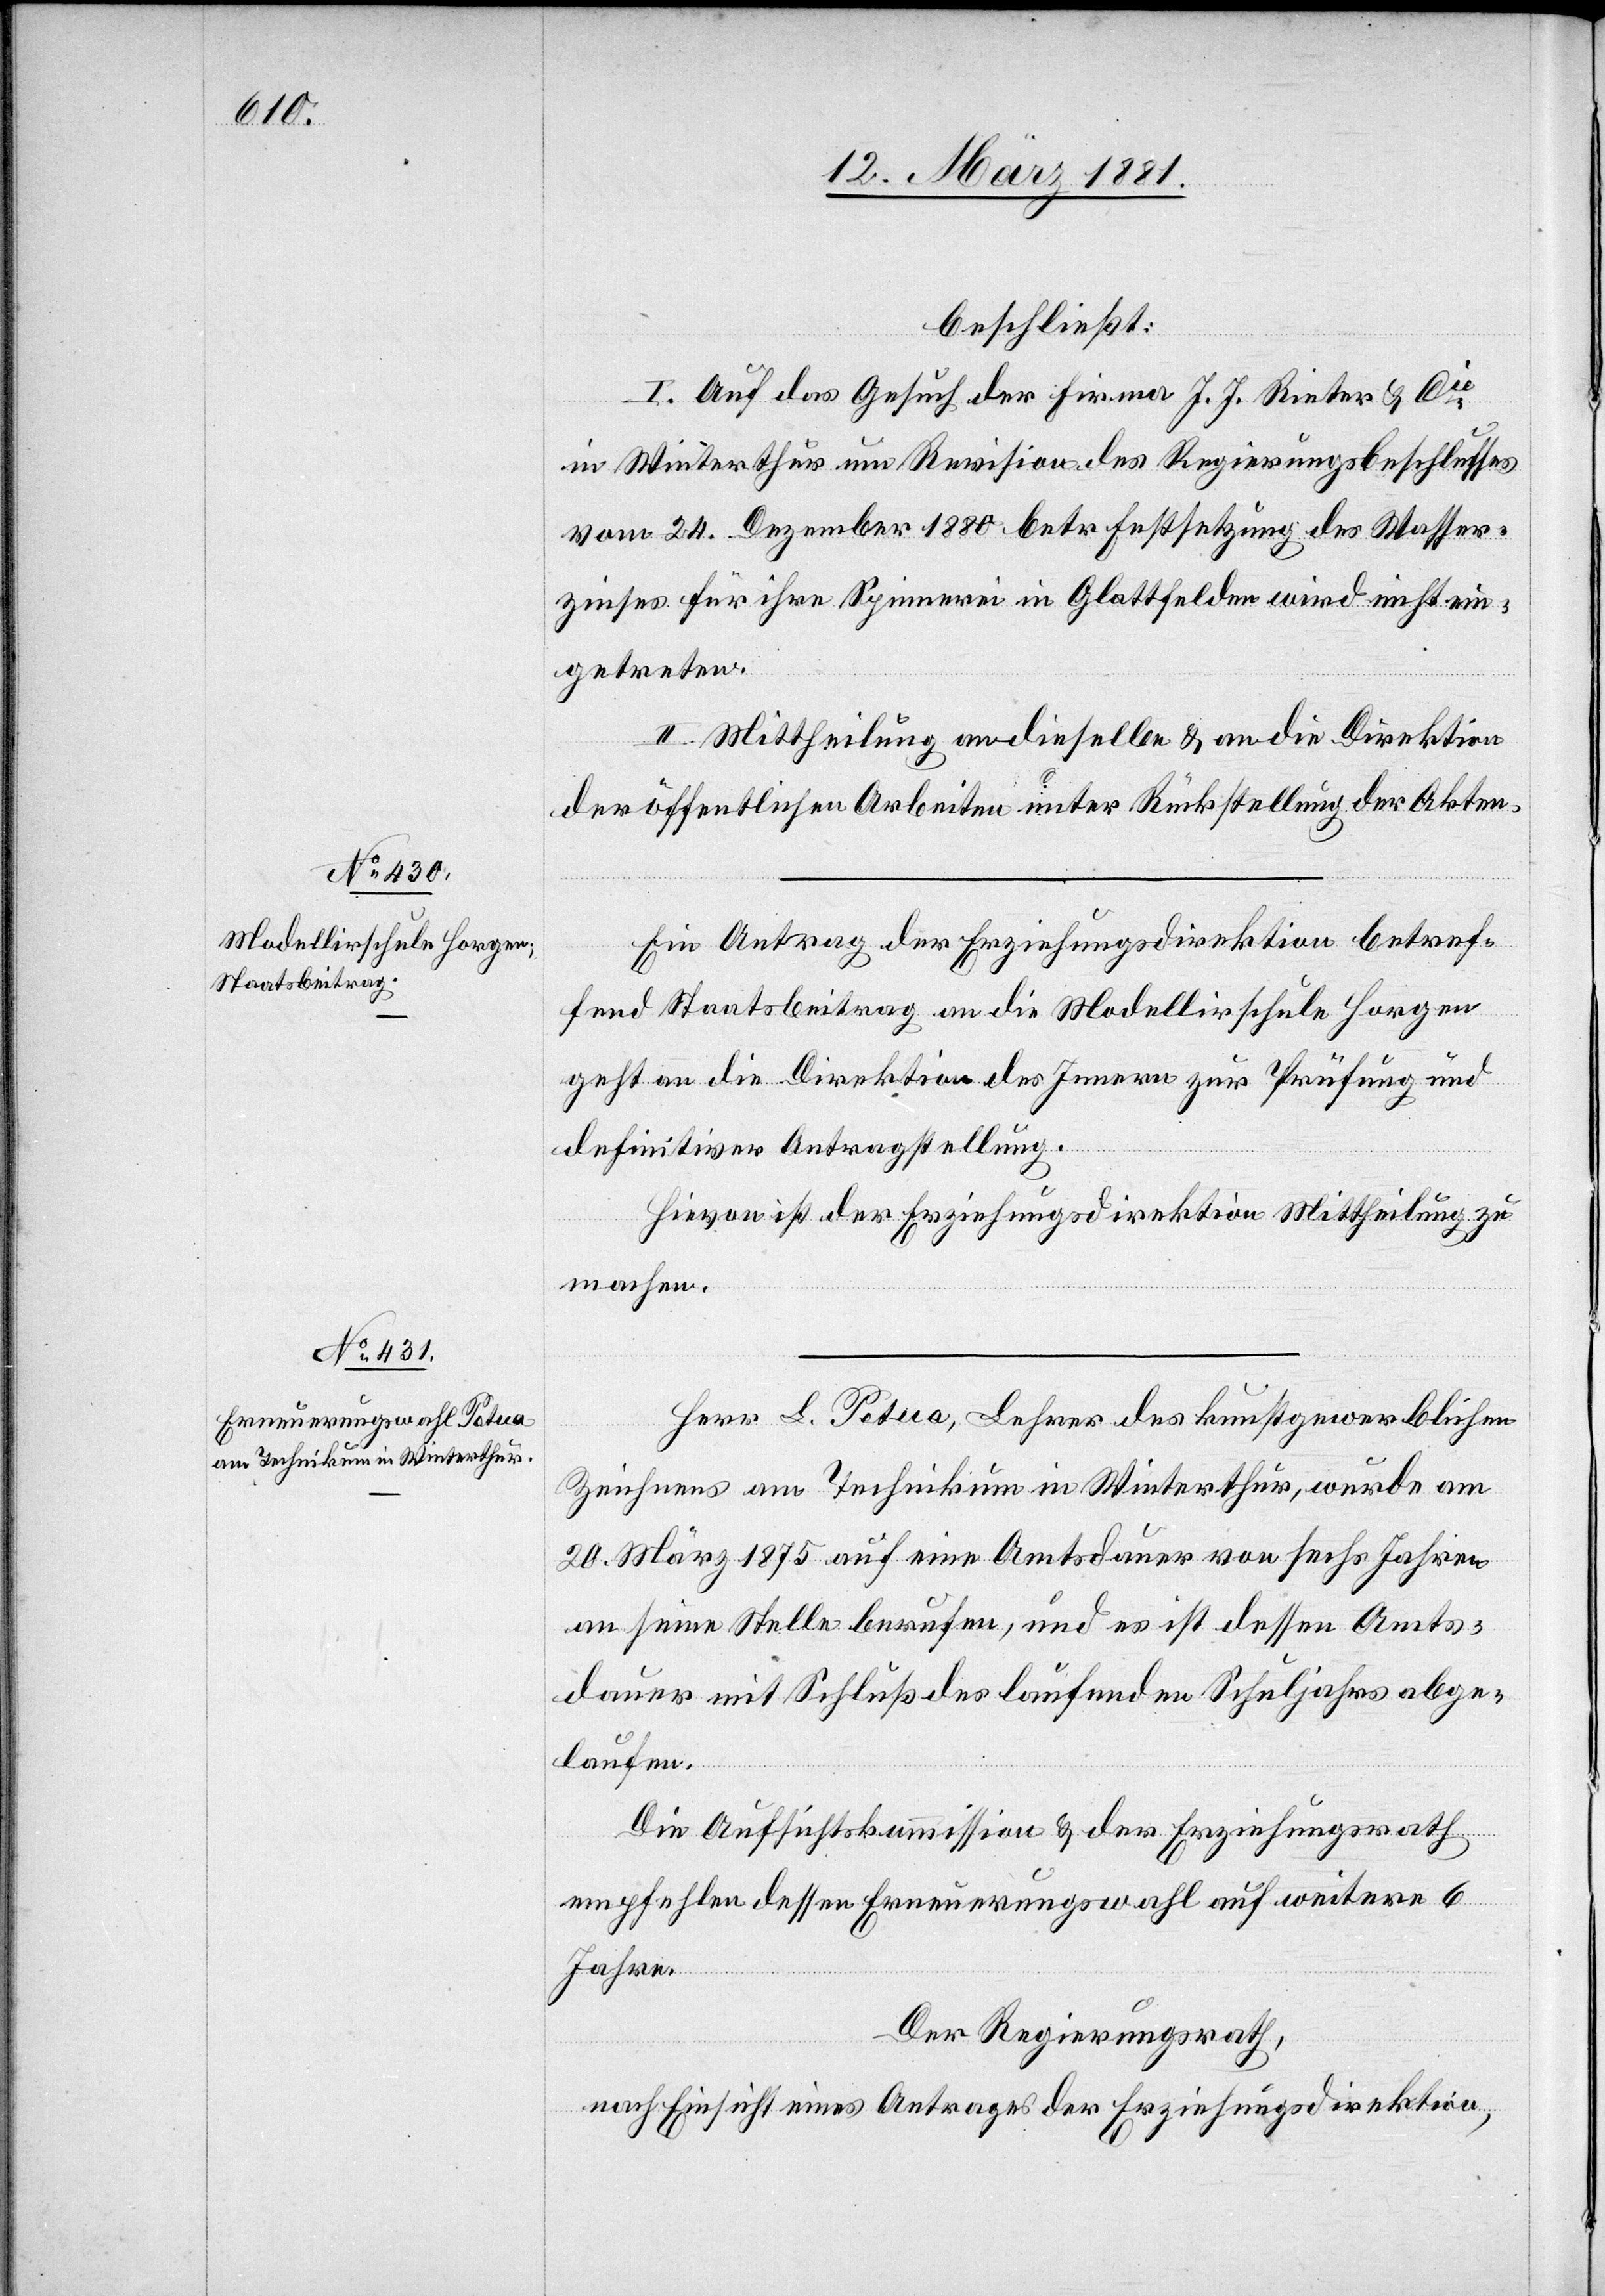
beschließt:
I. Auf das Gesuch der Firma J. J. Rieter & Cie
in Winterthur um Revision des Regierungsbeschlusses
vom 24. Dezember 1880 betr Festsetzung des Wasser¬
zinses für ihre Spinnerei in Glattfelden wird nicht ein¬
getreten.
II. Mittheilung an dieselbe & an die Direktion
der öffentlichen Arbeiten unter Rückstellung der Akten.
Ein Antrag der Erziehungsdirektion betref¬
fend Staatsbeitrag an die Modellirschule Horgen
geht an die Direktion des Innern zur Prüfung und
definitiver Antragstellung.
Hievon ist der Erziehungsdirektion Mittheilung zu
machen.
Herr L. Petua, Lehrer des kunstgewerblichen
Zeichnens am Technikum in Winterthur, wurde am
20. März 1875 auf eine Amtsdauer von sechs Jahren
an seine Stelle berufen, und es ist dessen Amts¬
dauer mit Schluß des laufenden Schuljahres abge¬
laufen.
Die Aufsichtskommission & der Erziehungsrath
empfehlen dessen Erneuerungswahl auf weitere 6
Jahre.
Der Regierungsrath,
nach Einsicht eines Antrages der Erziehungsdirektion,